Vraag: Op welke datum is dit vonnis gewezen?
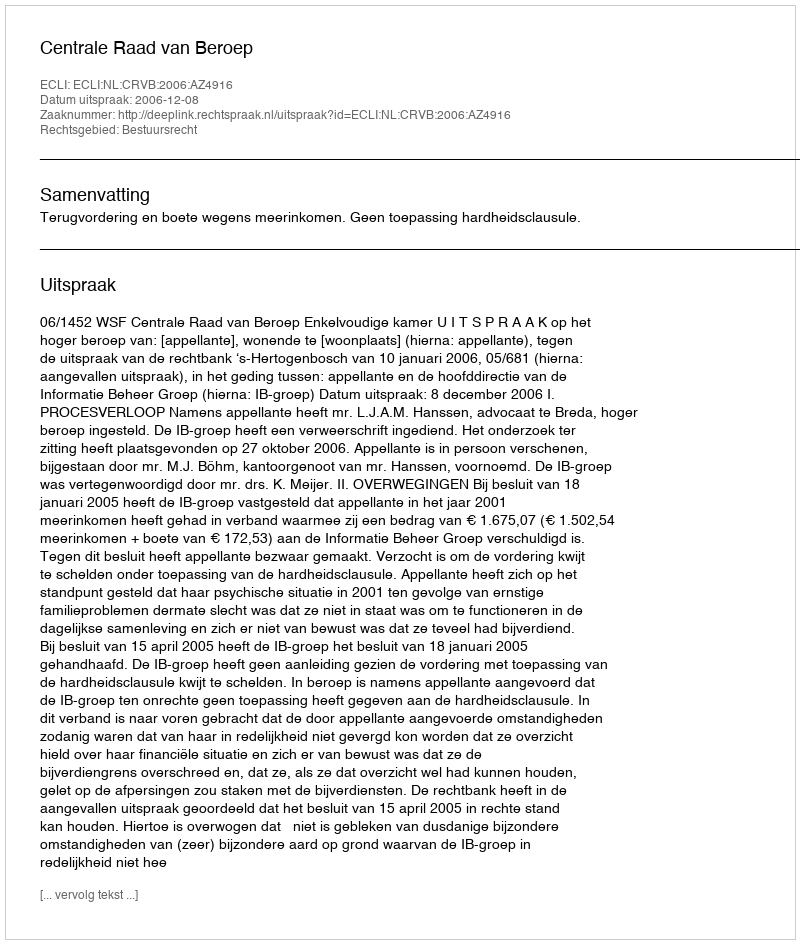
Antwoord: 2006-12-08